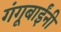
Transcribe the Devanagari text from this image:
गंगूबाईंनी